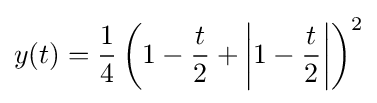
y(t)={\frac {1}{4}}\left(1-{\frac {t}{2}}+\left|1-{\frac {t}{2}}\right|\right)^{2}